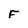
Character: F